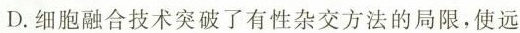
D.细胞融合技术突破了有性杂交方法的局限，使远